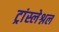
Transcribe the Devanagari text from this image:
ट्रांस्लेश्नल